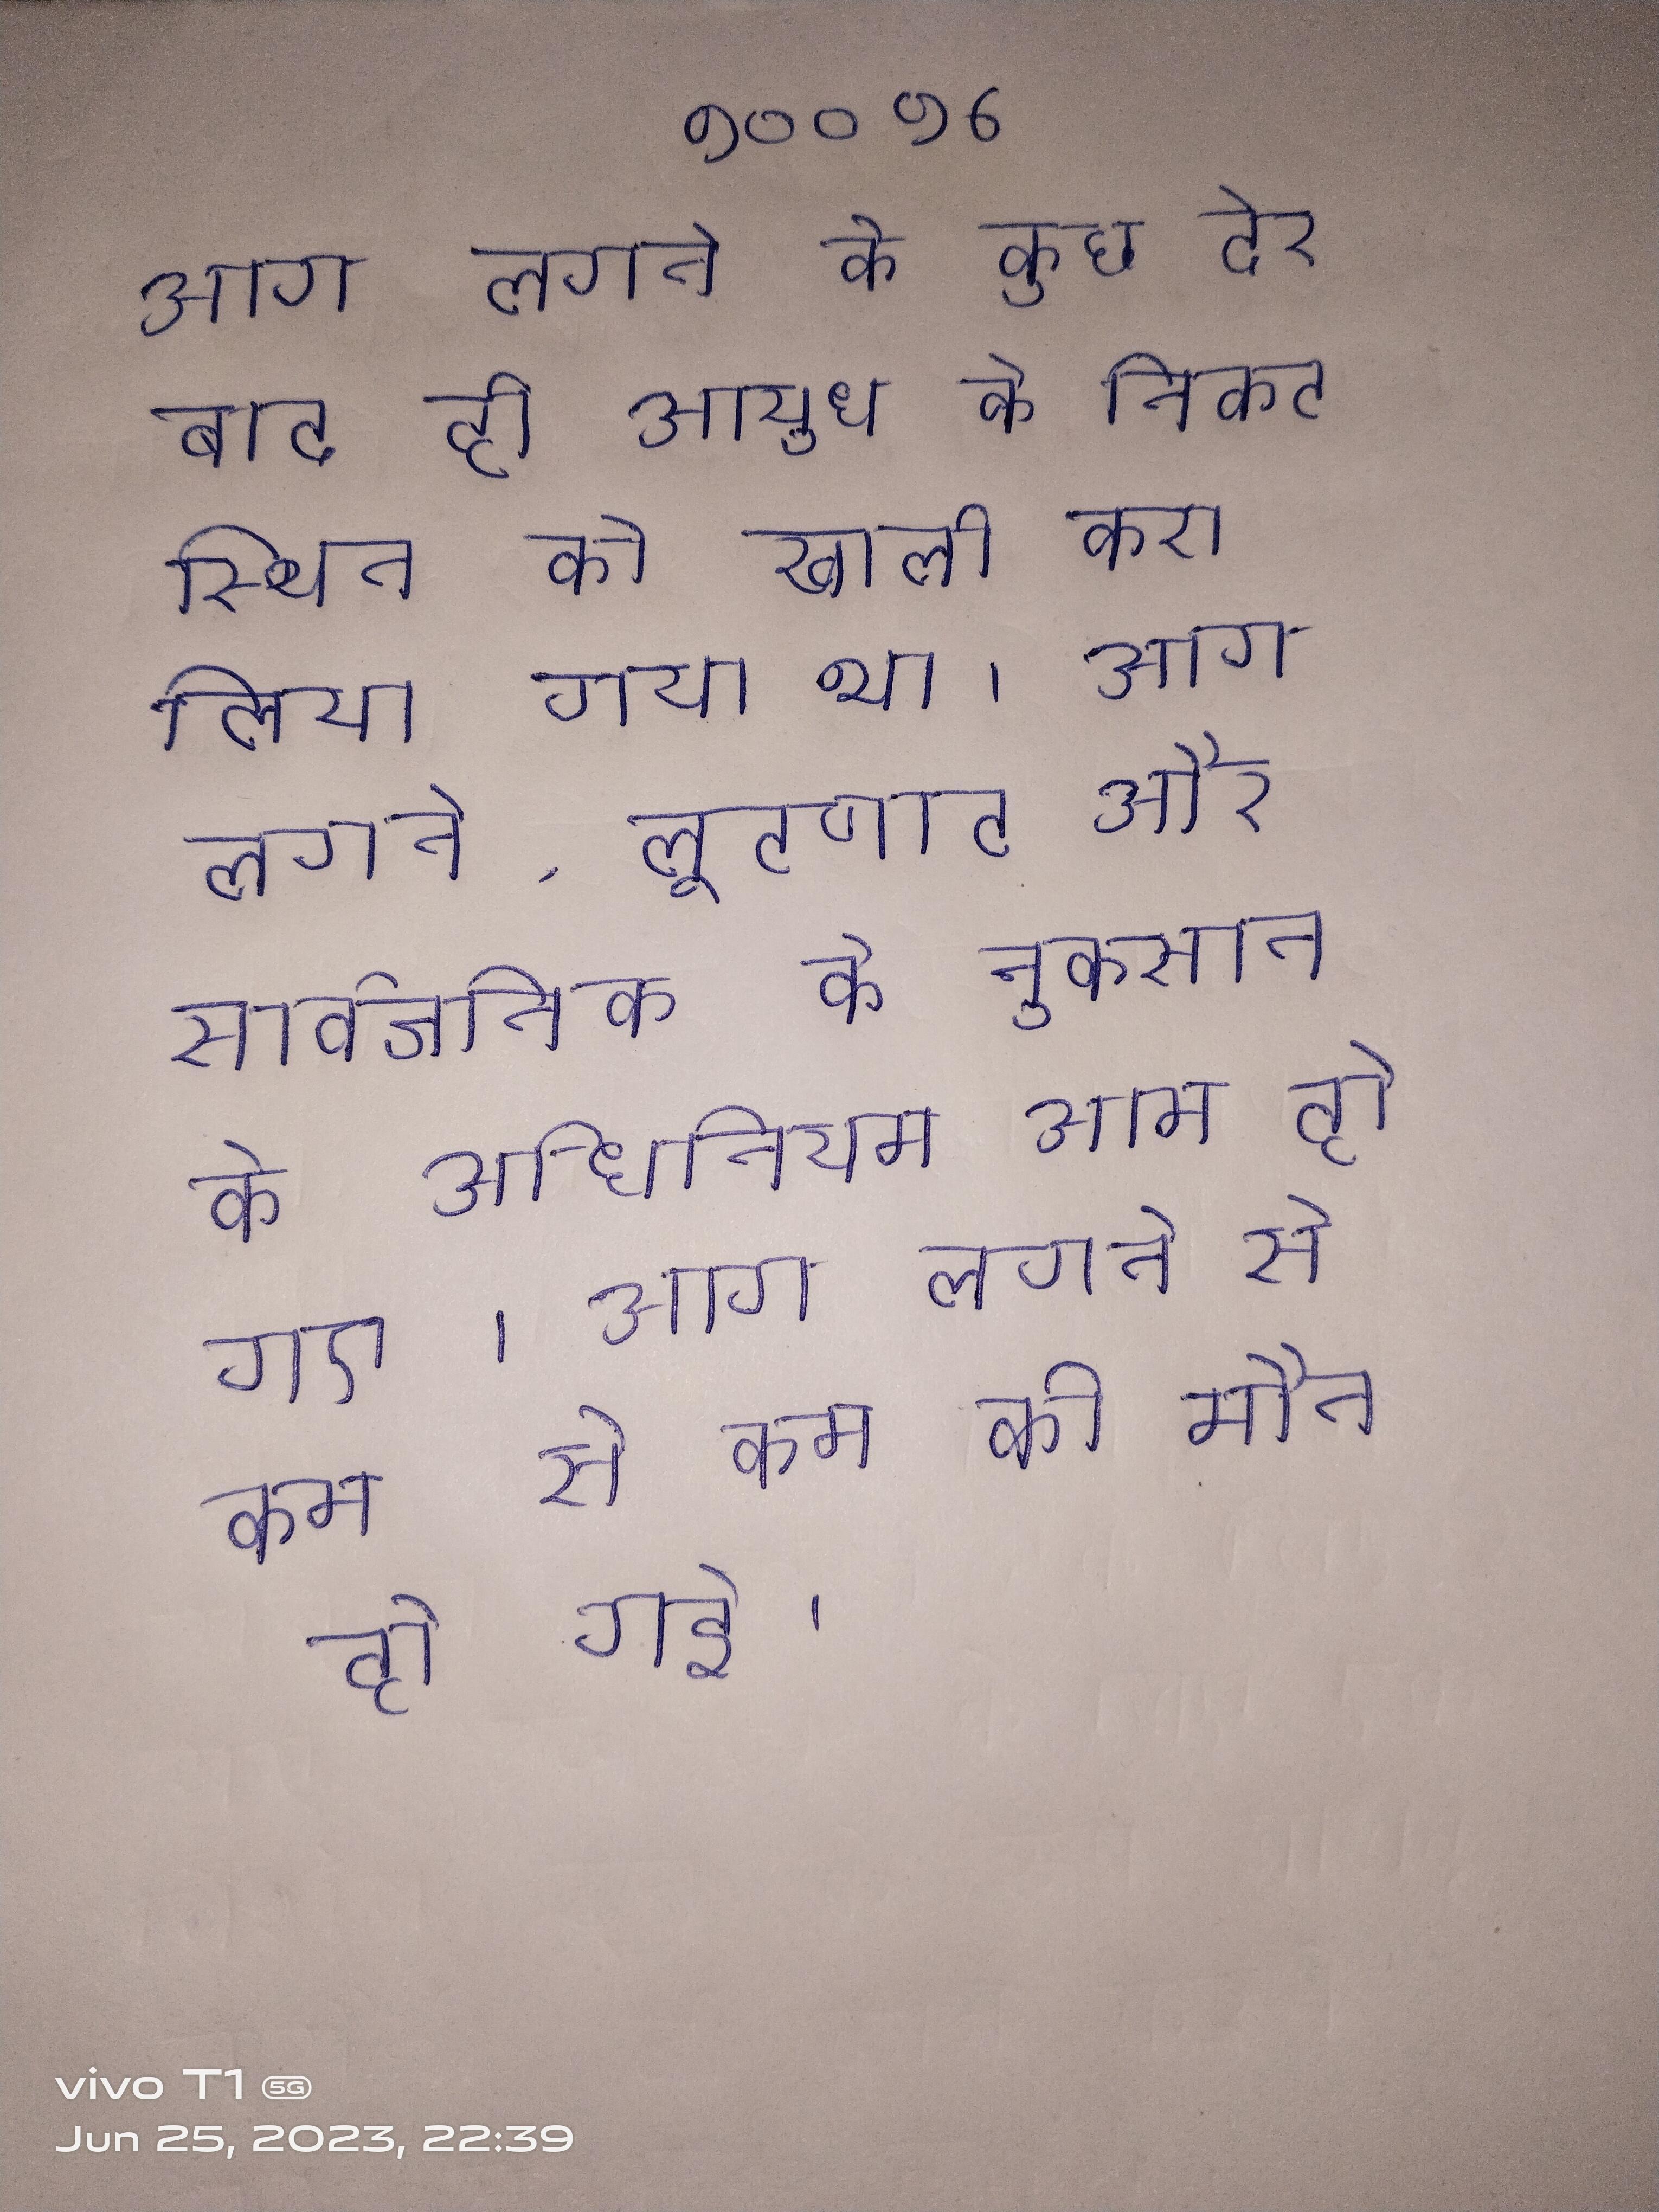
आग लगने के कुछ देर बाद ही आयुध के निकट स्थित को खाली करा लिया गया था । आग लगने, लूटपाट और सार्वजनिक के नुकसान के अधिनियम आम हो गए । आग लगने से कम से कम की मौत हो गई ।